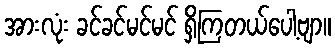
အားလုံး ခင်ခင်မင်မင် ရှိကြတယ်ပေါ့ဗျာ။